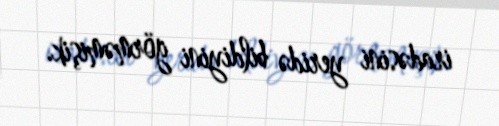
iradəsini yeridə bildiyini görməmişik.